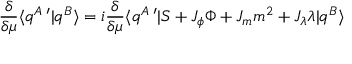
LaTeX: \frac { \delta } { \delta \mu } \langle q ^ { A } \, ^ { \prime } | q ^ { B } \rangle = i \frac { \delta } { \delta \mu } \langle q ^ { A } \, ^ { \prime } | S + J _ { \phi } \Phi + J _ { m } m ^ { 2 } + J _ { \lambda } \lambda | q ^ { B } \rangle